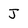
Character: J